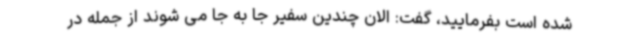
شده است بفرمایید، گفت: الان چندین سفیر جا به جا می شوند از جمله در